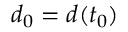
d _ { 0 } = d ( t _ { 0 } )